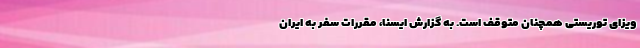
ویزای توریستی همچنان متوقف است. به گزارش ایسنا، مقررات سفر به ایران